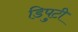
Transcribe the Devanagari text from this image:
डिपुटी